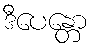
ဒီပေန္တော